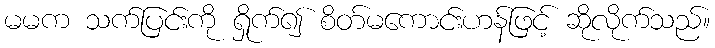
မမက သက်ပြင်းကို ရှိုက်၍ စိတ်မကောင်းဟန်ဖြင့် ဆိုလိုက်သည်။